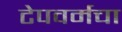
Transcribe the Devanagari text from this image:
टेपवर्मचा